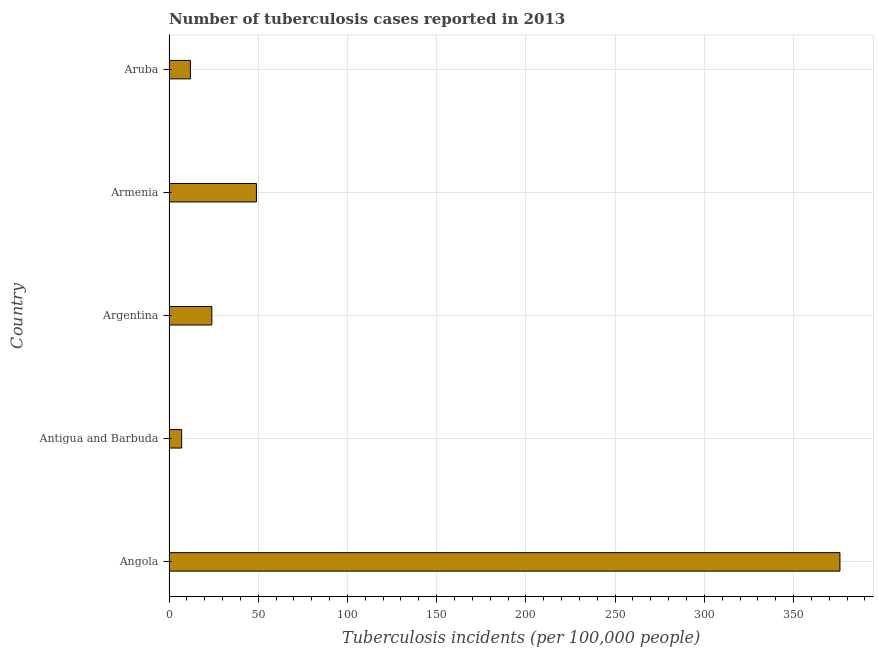
| Country | Incidence of tuberculosis |
 | --- | --- |
 | Angola | 376 |
 | Antigua and Barbuda | 7.1 |
 | Argentina | 24 |
 | Armenia | 49 |
 | Aruba | 12 |